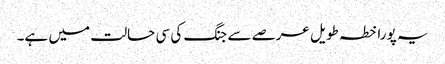
یہ پورا خطہ طویل عرصے سے جنگ کی سی حالت میں ہے۔